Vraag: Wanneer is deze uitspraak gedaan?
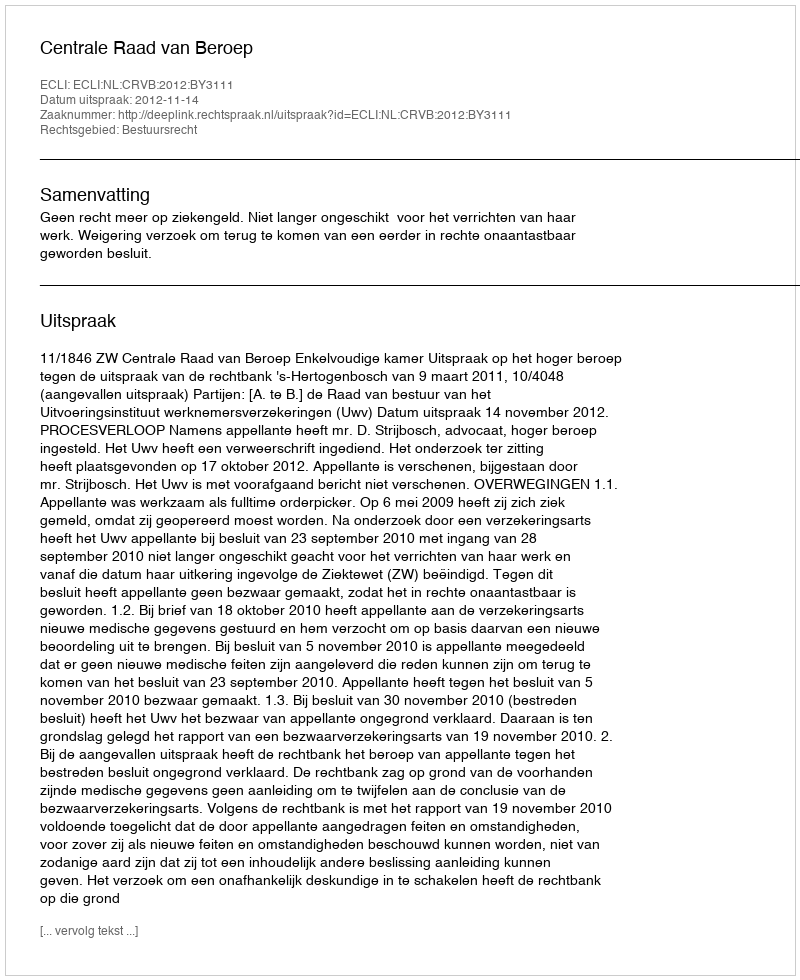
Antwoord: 2012-11-14